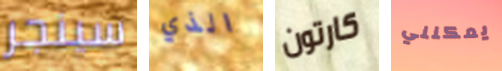
سينجر الذي كارتون يمكنني